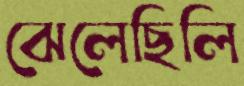
ঝেলেছিলি